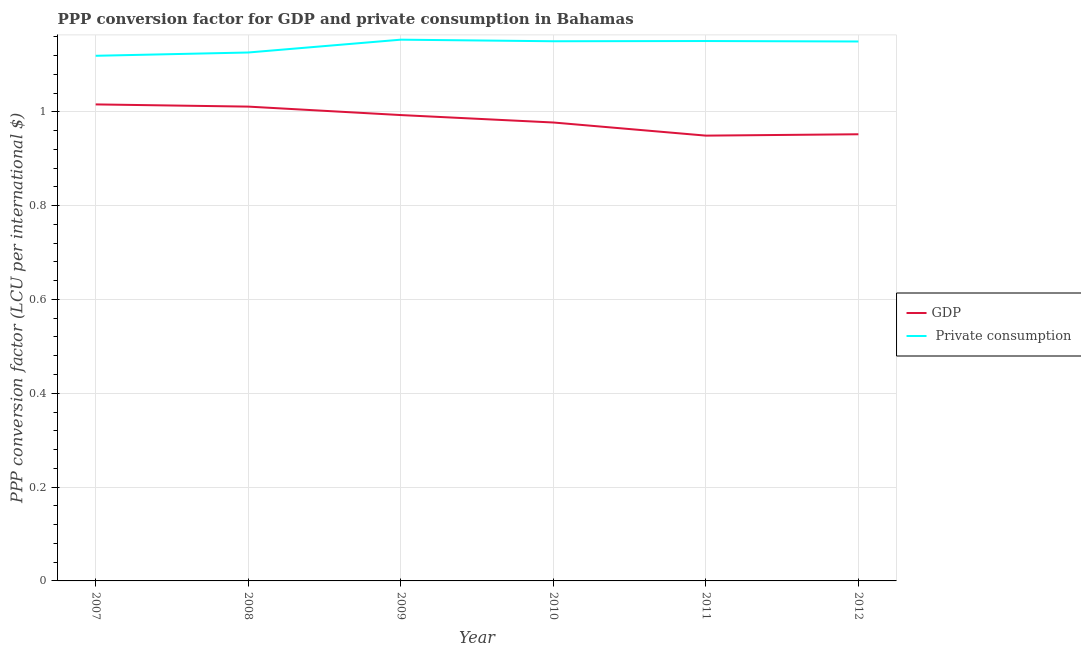
| Year | GDP |  Private consumption |
 | --- | --- | --- |
 | 2007 | 1.02 | 1.12 |
 | 2008 | 1.01 | 1.13 |
 | 2009 | 0.993 | 1.15 |
 | 2010 | 0.977 | 1.15 |
 | 2011 | 0.949 | 1.15 |
 | 2012 | 0.952 | 1.15 |